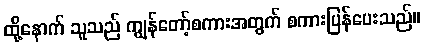
ထို့နောက် သူသည် ကျွန်တော့်စကားအတွက် စကားပြန်ပေးသည်။